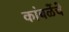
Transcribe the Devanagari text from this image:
कांबळेंचे